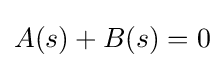
A(s)+B(s)=0